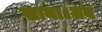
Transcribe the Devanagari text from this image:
खाया।तब